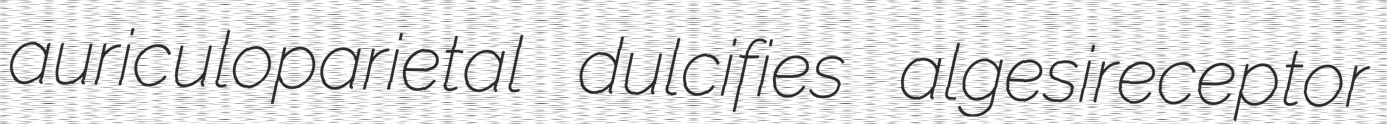
auriculoparietal dulcifies algesireceptor